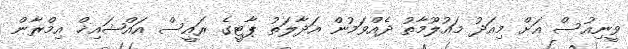
ވީނިއުސް އަށް މިއަދު މައުލޫމާތު ދެއްވަމުން އަދާލަތު ޕާޓީގެ ރައީސް އައްޝައިޚް އިމްރާން